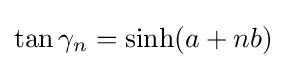
\tan \gamma _{n}=\sinh(a+nb)